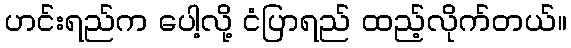
ဟင်းရည်က ပေါ့လို့ ငံပြာရည် ထည့်လိုက်တယ်။